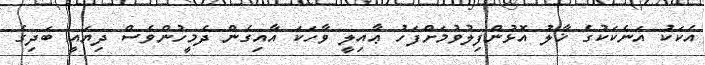
އެކަކު އަނެކަކުގެ ޚާލު އޮޅުންފިލުވުމަށްފަހު ޢާއިލީ ވާހަކަ އާއިގެން ދެމީހުންވެސް ދިޔައީ ބަދިގެ